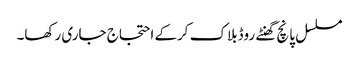
مسلسل پانچ گھنٹے روڈبلاک کرکے احتجاج جاری رکھا۔